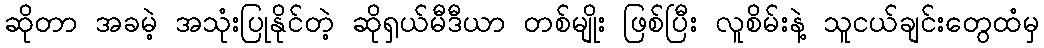
ဆိုတာ အခမဲ့ အသုံးပြုနိုင်တဲ့ ဆိုရှယ်မီဒီယာ တစ်မျိုး ဖြစ်ပြီး လူစိမ်းနဲ့ သူငယ်ချင်းတွေထံမှ